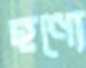
হণ্যে